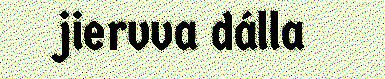
jiervva dálla